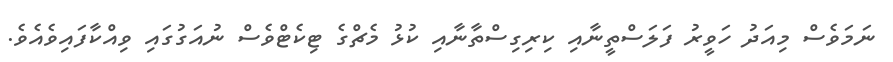
ނަމަވެސް މިއަދު ހަވީރު ފަލަސްތީނާއި ކިރިގިސްތާނާއި ކުޅު މެޗްގެ ޓިކެޓްވެސް ނުއަގުގައި ވިއްކާފައިވެއެވެ.